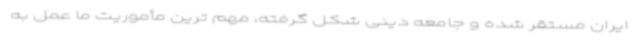
ایران مستقر شده و جامعه دینی شکل گرفته، مهم ترین مأموریت ما عمل به